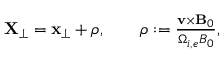
\begin{array} { r } { \mathbf { X } _ { \perp } = \mathbf { x } _ { \perp } + \boldsymbol { \rho } , \qquad \boldsymbol { \rho } : = \frac { \mathbf { v } \times \mathbf { B } _ { 0 } } { \Omega _ { i , e } B _ { 0 } } , } \end{array}